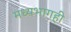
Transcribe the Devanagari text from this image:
मध्यभागही